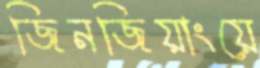
জিনজিয়াংয়ে